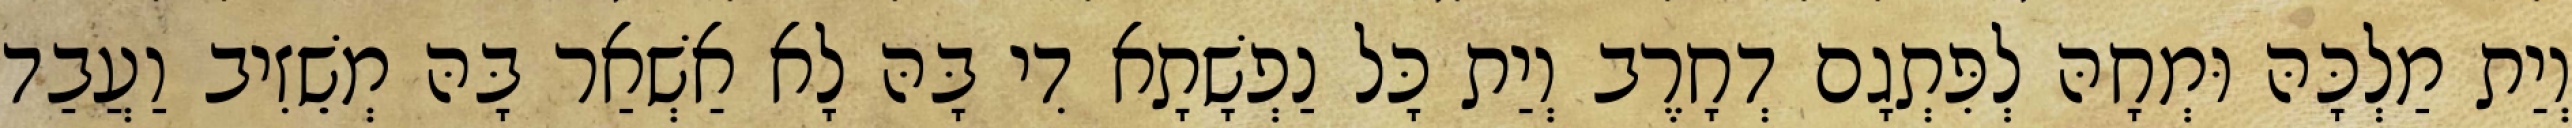
וְיַת מַלְכָּהּ וּמְחָהּ לְפִּתְגָם דְחָרֶב וְיַת כָּל נַפְשָׁתָא דִי בָּהּ לָא אַשְׁאַר בָּהּ מְשֵׁזִיב וַעֲבַד